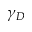
\gamma _ { D }